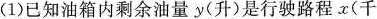
（1）已知油箱内剩余油量y(升)是行驶路程x（千